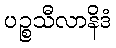
ပဉ္စသီလာနိဒံ